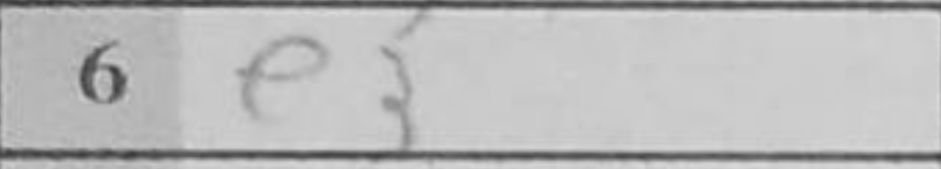
Transcription: e3